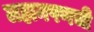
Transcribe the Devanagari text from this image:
लहानपणची